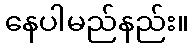
နေပါမည်နည်း။